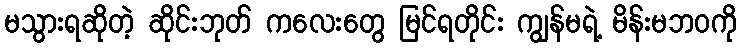
မသွားရဆိုတဲ့ ဆိုင်းဘုတ် ကလေးတွေ မြင်ရတိုင်း ကျွန်မရဲ့ မိန်းမဘဝကို